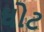
ઘોટ